Scottish Leaving Certificate Examination, 1960
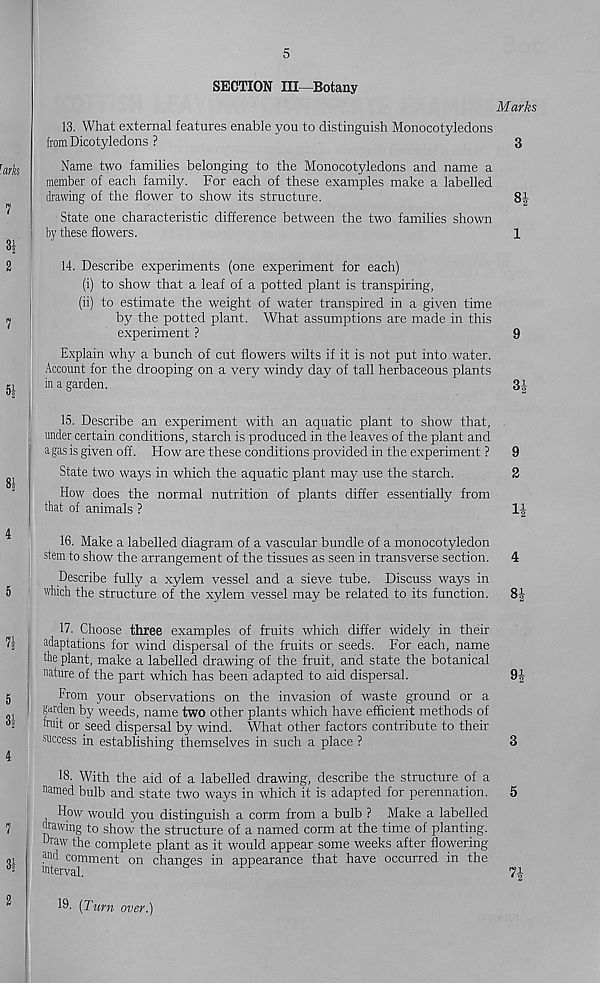
5
SECTION III—Botany
Marks
13. What external features enable you to distinguish Monocotyledons
from Dicotyledons ?
3
Name two families belonging to the Monocotyledons and name a
member of each family. For each of these examples make a labelled
drawing of the flower to show its structure.
8|
State one characteristic difference between the two families shown
by these flowers.
1
14. Describe experiments (one experiment for each)
(i) to show that a leaf of a potted plant is transpiring,
(ii) to estimate the weight of water transpired in a given time
by the potted plant. What assumptions are made in this
experiment ?
9
Explain why a bunch of cut flowers wilts if it is not put into water.
Account for the drooping on a very windy day of tall herbaceous plants
in a garden.
3-J-
15. Describe an experiment with an aquatic plant to show that,
under certain conditions, starch is produced in the leaves of the plant and
a gas is given off. How are these conditions provided in the experiment ? 9
State two ways in which the aquatic plant may use the starch.
2
How does the normal nutrition of plants differ essentially from
that of animals ?
1|
16. Make a labelled diagram of a vascular bundle of a monocotyledon
stem to show the arrangement of the tissues as seen in transverse section. 4
Describe fully a xylem vessel and a sieve tube. Discuss ways in
which the structure of the xylem vessel may be related to its function. 8i
17. Choose three examples of fruits which differ widely in their
adaptations for wind dispersal of the fruits or seeds. For each, name
the plant, make a labelled drawing of the fruit, and state the botanical
nature of the part which has been adapted to aid dispersal.
9J
From your observations on the invasion of waste ground or a
garden by weeds, name two other plants which have efficient methods of
fruit or seed dispersal by wind. What other factors contribute to their
success in establishing themselves in such a place ?
3
18. With the aid of a labelled drawing, describe the structure of a
named bulb and state two ways in which it is adapted for perennation. 5
How would you distinguish a corm from a bulb ? Make a labelled
drawing to show the structure of a named corm at the time of planting,
draw the complete plant as it would appear some weeks after flowering
and comment on changes in appearance that have occurred in the
mterval.
7-|
19- [Turn over.)